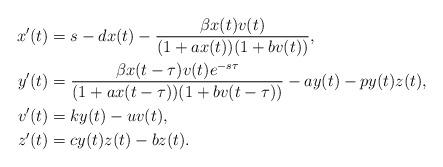
LaTeX: \begin{align*}x'(t)&=s-dx(t)-\frac{\beta x(t)v(t)}{(1+ax(t))(1+b v(t))},\\y'(t)&= \frac{\beta x(t-\tau)v(t)e^{-s\tau}}{(1+ax(t-\tau))(1+b v(t-\tau))}-ay(t)-py(t)z(t),\\v'(t)&= ky(t)-u v(t),\\z'(t)&= cy(t)z(t)-b z(t).\end{align*}